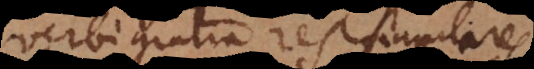
rbi gratia res singulares,